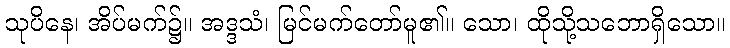
သုပိနေ၊ အိပ်မက်၌။ အဒ္ဒသံ၊ မြင်မက်တော်မူ၏။ သော၊ ထိုသို့သဘောရှိသော။